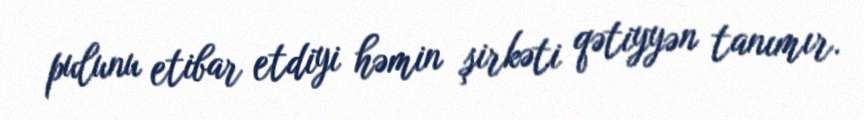
pulunu etibar etdiyi həmin şirkəti qətiyyən tanımır.